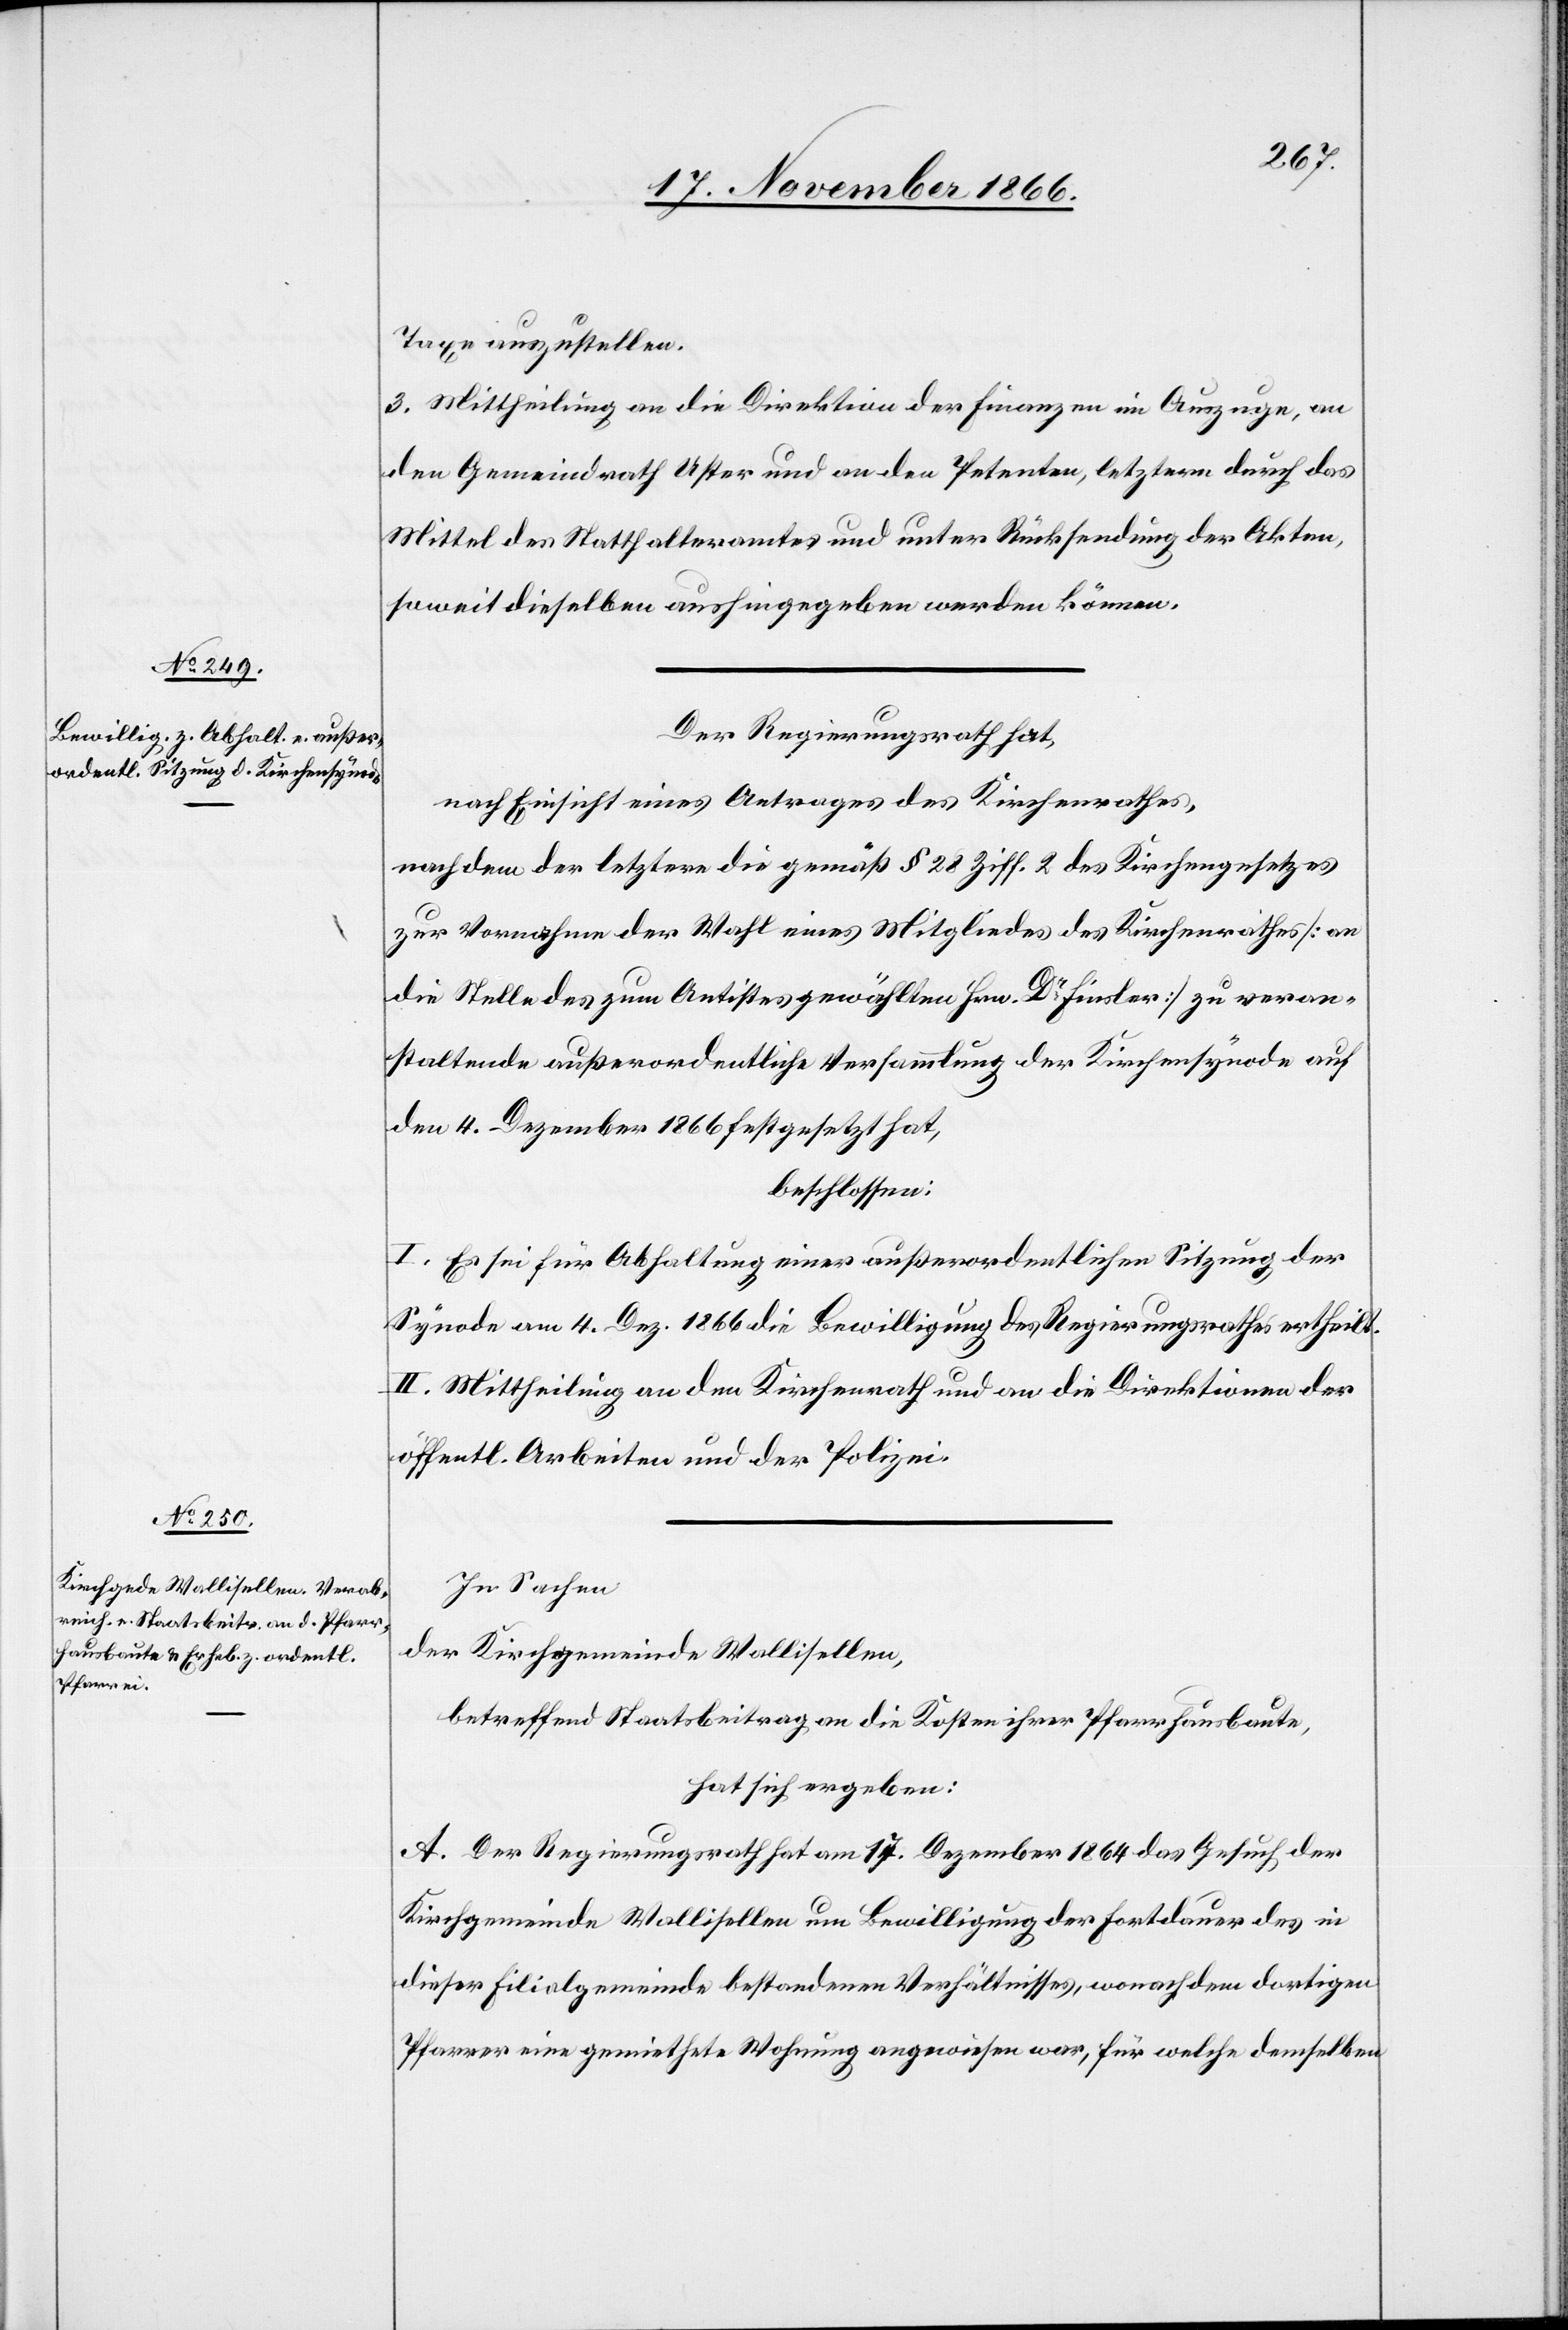
Taxe auszustellen.
3. Mittheilung an die Direktion der Finanzen im Auszuge, an
den Gemeindrath Uster und an den Petenten, letzterm durch das
Mittel des Statthalteramtes und unter Rücksendung der Akten,
soweit dieselben aushingegeben werden können.
Der Regierungsrath hat,
nach Einsicht eines Antrages des Kirchenrathes,
nachdem der letztere die gemäß § 28 Ziff. 2 des Kirchengesetzes
zur Vornahme der Wahl eines Mitgliedes des Kirchenrathes [an
die Stelle des zum Antistes gewählten Hrn. Dr. Finsler] zu veran¬
staltende außerordentliche Versammlung der Kirchensynode auf
den 4. Dezember 1866 festgesetzt hat,
beschlossen:
I. Es sei für Abhaltung einer außerordentlichen Sitzung der
Synode am 4. Dez. 1866 die Bewilligung des Regierungsrathes ertheilt.
II. Mittheilung an den Kirchenrath und an die Direktionen der
öffentl. Arbeiten und der Polizei.
In Sachen
der Kirchgemeinde Wallisellen,
betreffend Staatsbeitrag an die Kosten ihrer Pfarrhausbaute,
hat sich ergeben:
A. Der Regierungsrath hat am 17. Dezember 1864 das Gesuch der
Kirchgemeinde Wallisellen um Bewilligung der Fortdauer des in
dieser Filialgemeinde bestandenen Verhältnisses, wonach dem dortigen
Pfarrer eine gemiethete Wohnung angewiesen war, für welche demselben